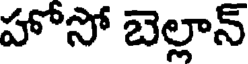
హోసో బెల్లాన్